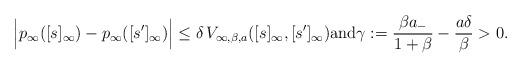
LaTeX: \begin{align*}\Big|p_\infty([s]_\infty)-p_\infty([s']_\infty)\Big|\leq \delta \, V_{\infty,\beta,a}([s]_\infty,[s']_\infty)\textup{and}\gamma:=\frac{\beta a_-}{1+\beta}-\frac{a\delta}{\beta}>0.\end{align*}